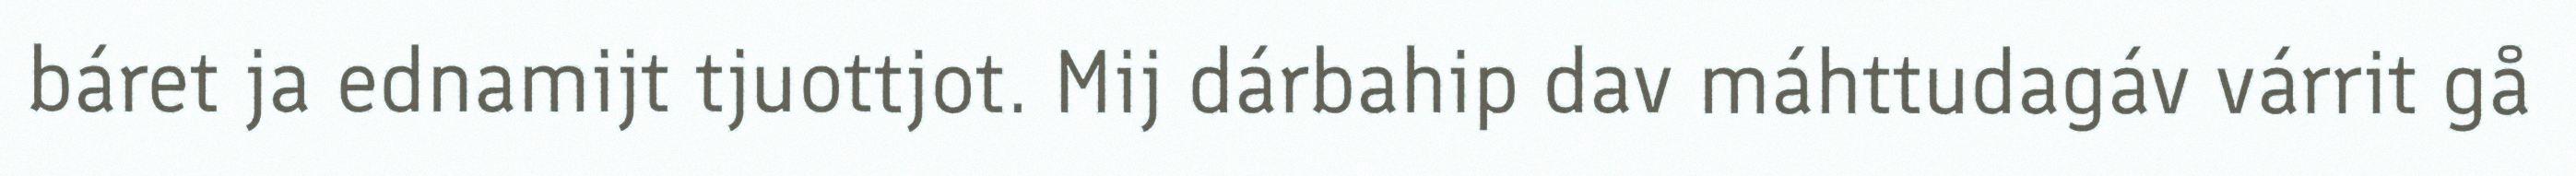
báret ja ednamijt tjuottjot. Mij dárbahip dav máhttudagáv várrit gå